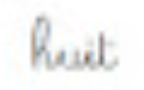
huit